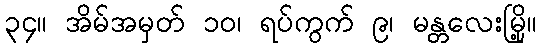
၃၄။ အိမ်အမှတ် ၁၀၊ ရပ်ကွက် ၉၊ မန္တလေးမြို့။